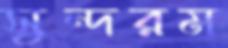
সুন্দরম